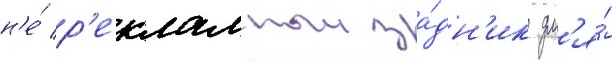
н'е́ р'екламныи за́дн'ик дл'я́